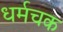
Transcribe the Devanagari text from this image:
धर्मचक